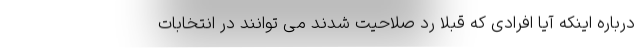
درباره اینکه آیا افرادی که قبلا رد صلاحیت شدند می توانند در انتخابات